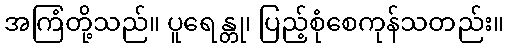
အကြံတို့သည်။ ပူရေန္တု၊ ပြည့်စုံစေကုန်သတည်း။